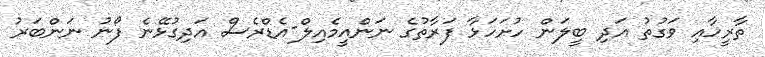
ތާރީހާއި ވަގުތު އަދި ބީލަން ހުށަހަޅާ ފަރާތުގެ ނަންއީމެއިލް-އެޑްރެސް އަދިގުޅޭނެ ފޯނު ނަންބަރު